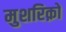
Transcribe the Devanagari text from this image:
मुशरिक़ों